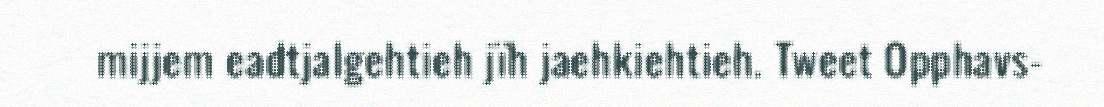
mijjem eadtjalgehtieh jïh jaehkiehtieh. Tweet Opphavs-